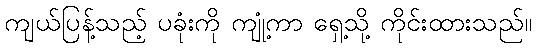
ကျယ်ပြန့်သည့် ပခုံးကို ကျုံ့ကာ ရှေ့သို့ ကိုင်းထားသည်။